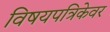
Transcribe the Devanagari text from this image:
विषयपत्रिकेवर